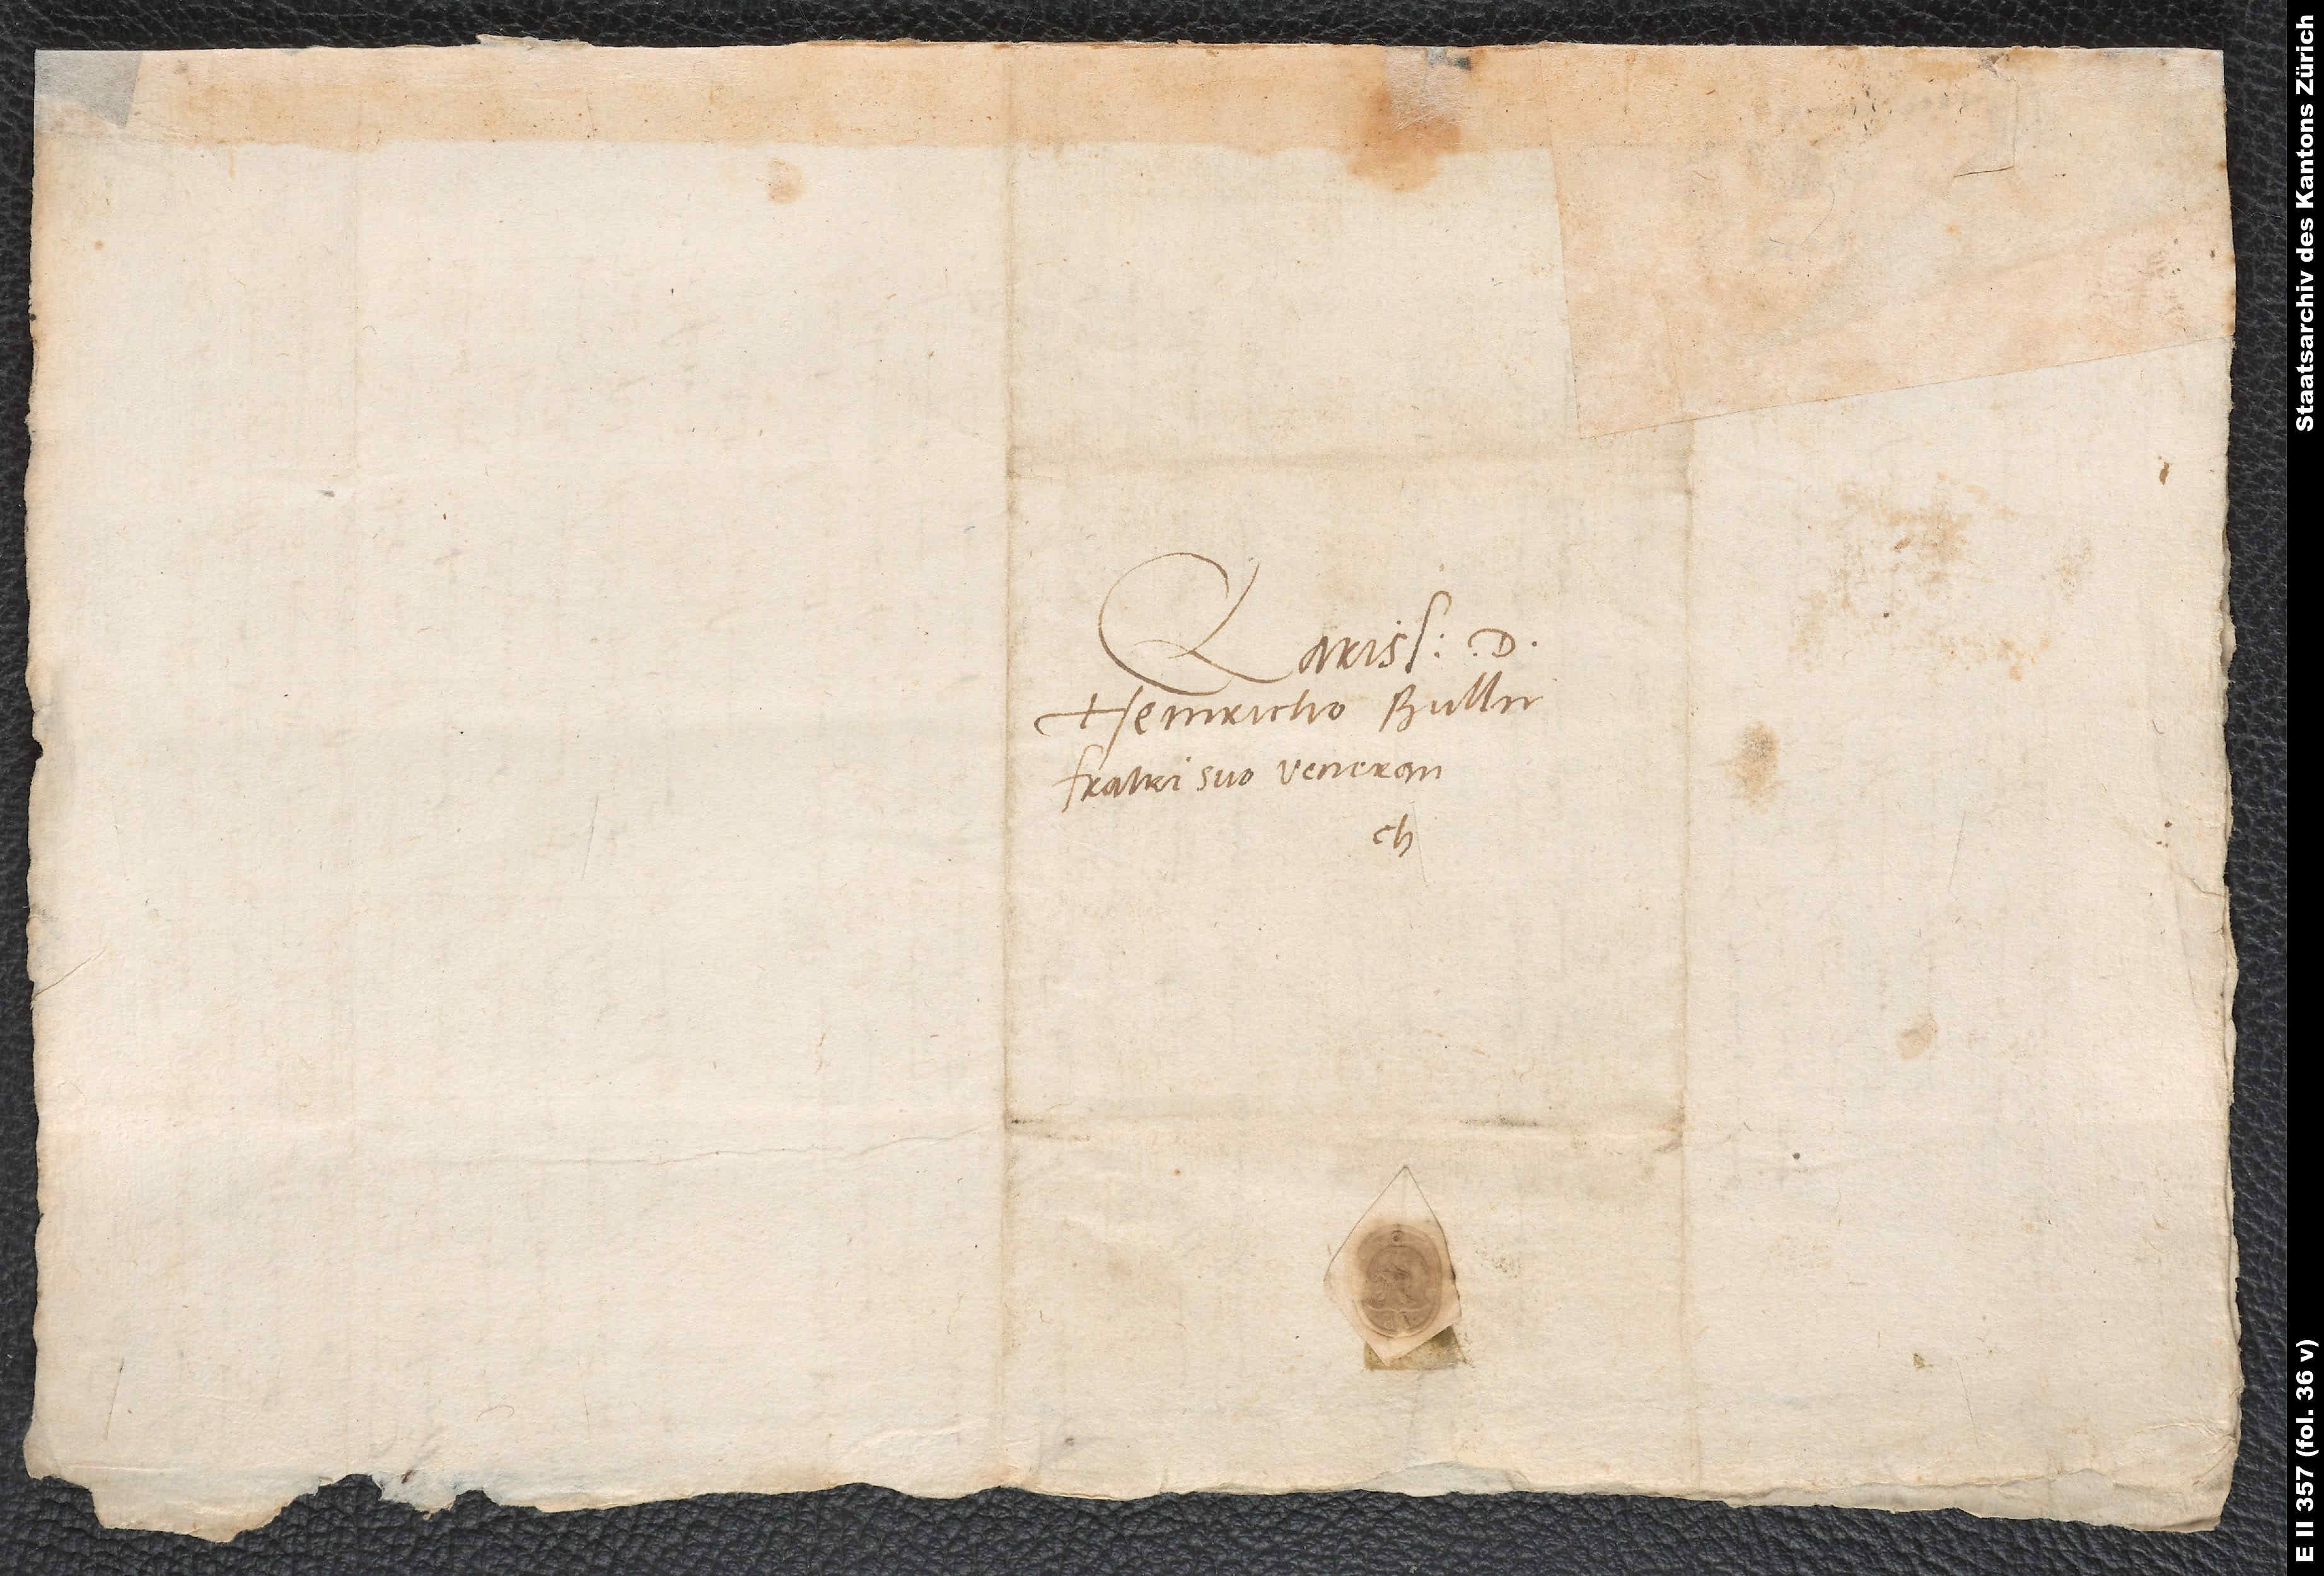
Clarissimo d.